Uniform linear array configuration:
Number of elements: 12
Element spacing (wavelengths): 0.75
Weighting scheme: uniform
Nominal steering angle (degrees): -60
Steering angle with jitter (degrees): -59.002
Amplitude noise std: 0.05
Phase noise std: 0.05

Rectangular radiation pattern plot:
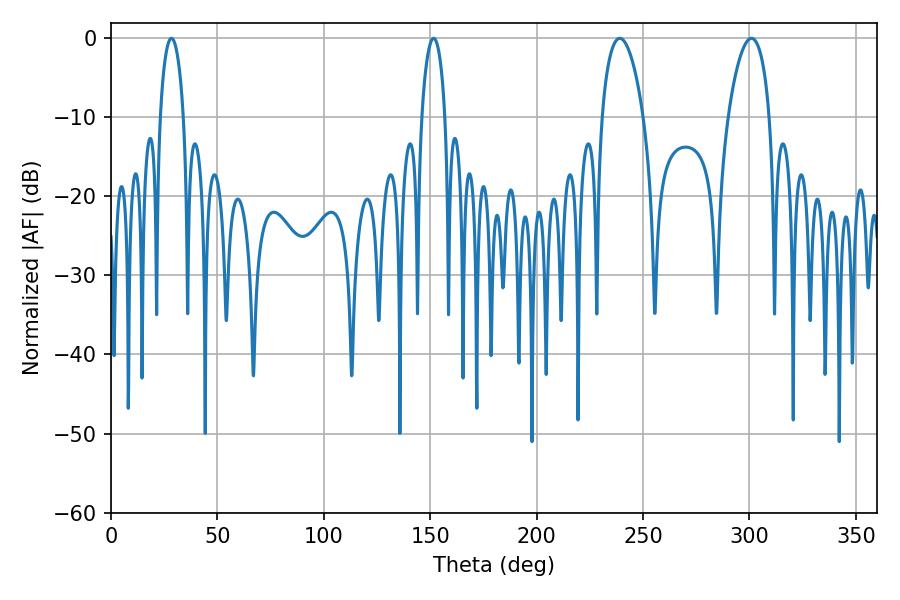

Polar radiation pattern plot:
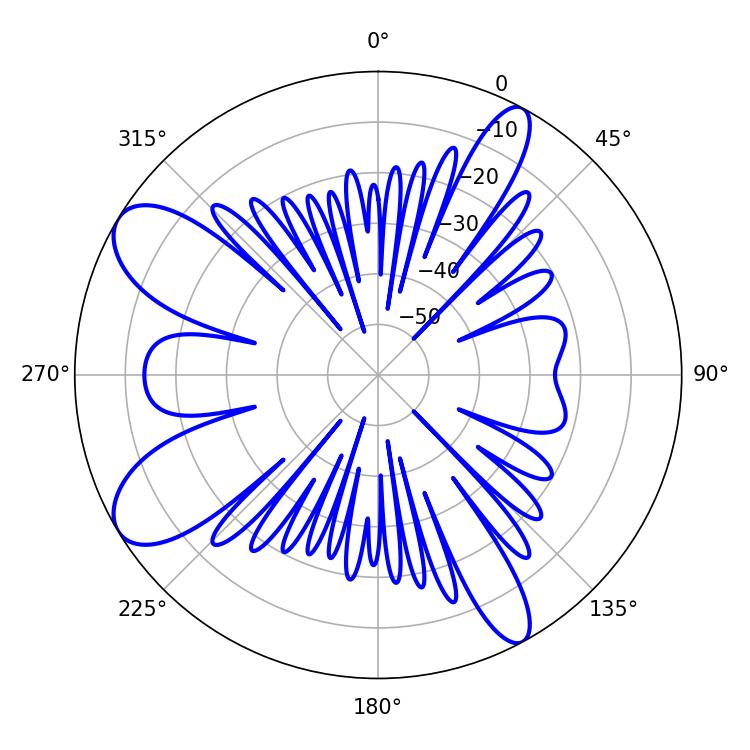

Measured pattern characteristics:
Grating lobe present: TRUE
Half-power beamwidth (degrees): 10.98
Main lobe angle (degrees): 239.04